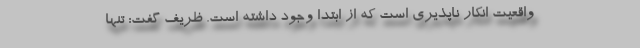
واقعیت انکار ناپذیری است که از ابتدا وجود داشته است. ظریف گفت: تنها